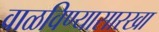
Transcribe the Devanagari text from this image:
वाळविण्यासारखा